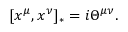
\lbrack x ^ { \mu } , x ^ { \nu } ] _ { * } = i \Theta ^ { \mu \nu } .